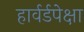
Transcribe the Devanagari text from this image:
हार्वर्डपेक्षा